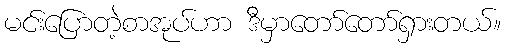
မင်းပြောတဲ့စာအုပ်ဟာ ဒီမှာတော်တော်ရှားတယ်။